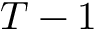
T - 1